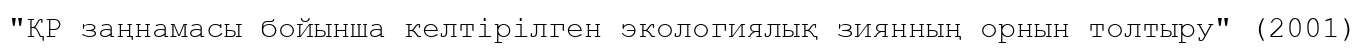
"ҚР заңнамасы бойынша келтірілген экологиялық зиянның орнын толтыру" (2001)